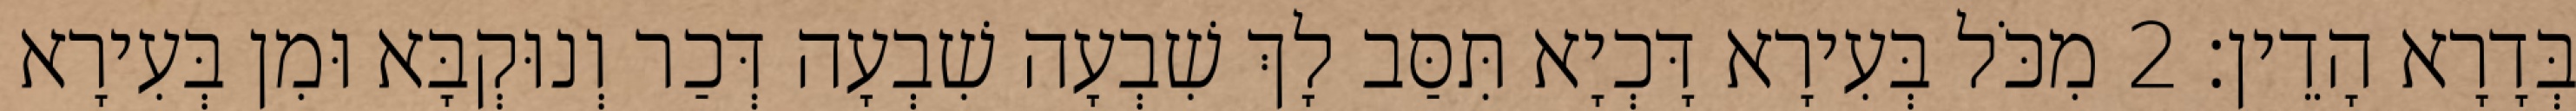
בְּדָרָא הָדֵין׃ 2 מִכֹּל בְּעִירָא דָּכְיָא תִּסַּב לָךְ שִׁבְעָה שִׁבְעָה דְּכַר וְנוּקְבָּא וּמִן בְּעִירָא